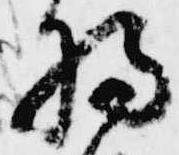
将